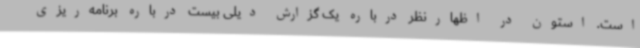
است. استون در اظهارنظر درباره یک گزارش دیلی بیست درباره برنامه‌ریزی